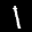
Label: 1